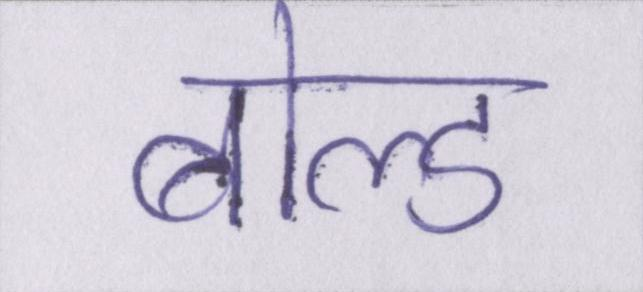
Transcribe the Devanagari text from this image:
बोल्ड